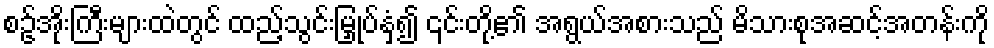
စဥ့်အိုးကြီးများထဲတွင် ထည့်သွင်းမြှုပ်နှံ၍ ၎င်းတို့၏ အရွယ်အစားသည် မိသားစုအဆင့်အတန်းကို